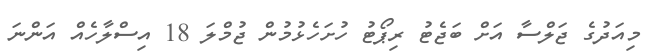
މިއަދުގެ ޖަލްސާ އަށް ބަޖެޓު ރިޕޯޓު ހުށަހެޅުމުން ޖުމްލަ 18 އިސްލާހެއް އަންނަ